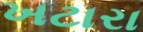
ખટારા